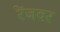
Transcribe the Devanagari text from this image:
रेंजवर